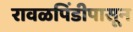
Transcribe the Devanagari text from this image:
रावळपिंडीपासून